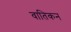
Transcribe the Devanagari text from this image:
वातिकन